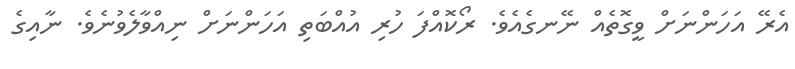
އެރޭ އަހަންނަށް ވީގޮތެެއް ނޭނގެއެވެ. ރޯކޮއްފަ ހުރި އުއްބަތި އަހަންނަށް ނިއްވާލެވުނެވެ. ނާއިގެ